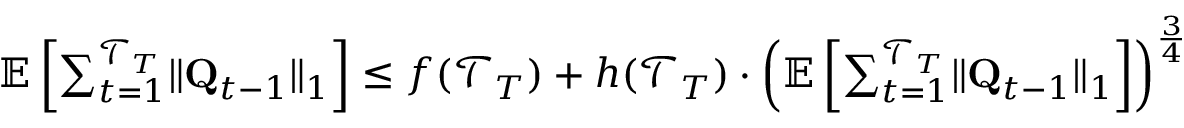
\begin{array} { r l } & { \quad \mathbb E \left[ \sum _ { t = 1 } ^ { \mathcal T _ { T } } \lVert \mathbf Q _ { t - 1 } \rVert _ { 1 } \right] \le f ( \mathcal T _ { T } ) + h ( \mathcal T _ { T } ) \cdot \left( \mathbb E \left[ \sum _ { t = 1 } ^ { \mathcal T _ { T } } \lVert \mathbf Q _ { t - 1 } \rVert _ { 1 } \right] \right) ^ { \frac 3 4 } } \end{array}